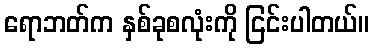
ရောဘတ်က နှစ်ခုစလုံးကို ငြင်းပါတယ်။